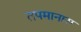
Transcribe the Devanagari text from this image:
तपमानास